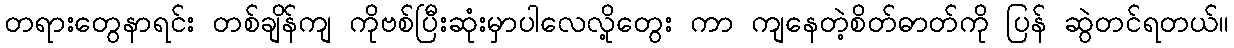
တရားတွေနာရင်း တစ်ချိန်ကျ ကိုဗစ်ပြီးဆုံးမှာပါလေလို့တွေး ကာ ကျနေတဲ့စိတ်ဓာတ်ကို ပြန် ဆွဲတင်ရတယ်။